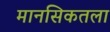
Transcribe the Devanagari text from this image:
मानसिकतला